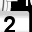
Digit: 2